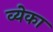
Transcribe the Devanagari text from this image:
व्येका